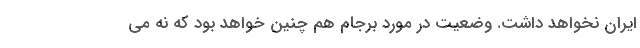
ايران نخواهد داشت. وضعيت در مورد برجام هم چنين خواهد بود كه نه مي